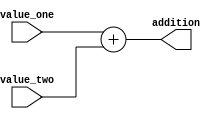
module ADDER(
    output reg [31:0] addition,
    input wire [31:0] value_one,
    input wire [31:0] value_two
);
    always @(*) begin
        addition = value_one + value_two;
    end
endmodule